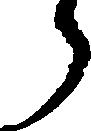
う